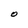
Character: O